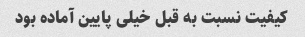
کیفیت نسبت به قبل خیلی پایین آماده بود